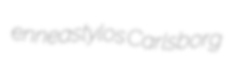
enneastylos Carlsborg